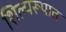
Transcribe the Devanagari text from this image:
शिल्परूपात